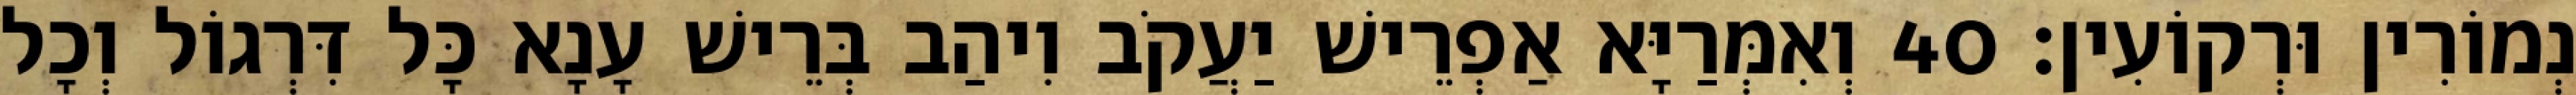
נְמוֹרִין וּרְקוֹעִין׃ 40 וְאִמְּרַיָּא אַפְרֵישׁ יַעֲקֹב וִיהַב בְּרֵישׁ עָנָא כָּל דִּרְגוֹל וְכָל